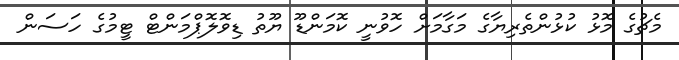
މެޗުގެ މޮޅު ކުޅުންތެރިޔާގެ މަގާމަށް ހޮވުނީ ކޮމަންޑޫ ޔޫތު ޑިވޮލޮޕްމަންޓް ޓީމުގެ ހަސަން